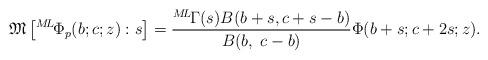
LaTeX: \begin{align*} \mathfrak{M} \left[{}^{M\!L\!}{\Phi}_{p}(b;c;z):s\right]= \frac{{}^{M\!L\!}\Gamma(s)B(b+s,c+s-b)}{B(b,\; c-b)}\Phi(b+s;c+2s;z).\end{align*}